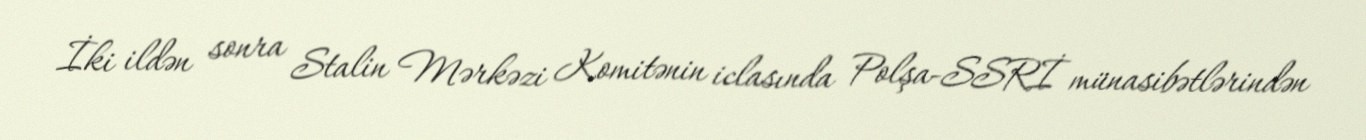
İki ildən sonra Stalin Mərkəzi Komitənin iclasında Polşa-SSRİ münasibətlərindən